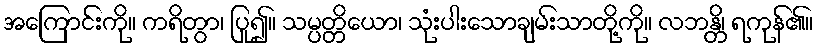
အကြောင်းကို။ ကရိတွာ၊ ပြု၍။ သမ္ပတ္တိယော၊ သုံးပါးသောချမ်းသာတို့ကို။ လဘန္တိ၊ ရကုန်၏။